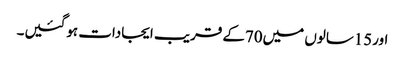
اور15سالوں میں70کے قریب ایجادات ہوگئیں۔